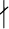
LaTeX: \nmid